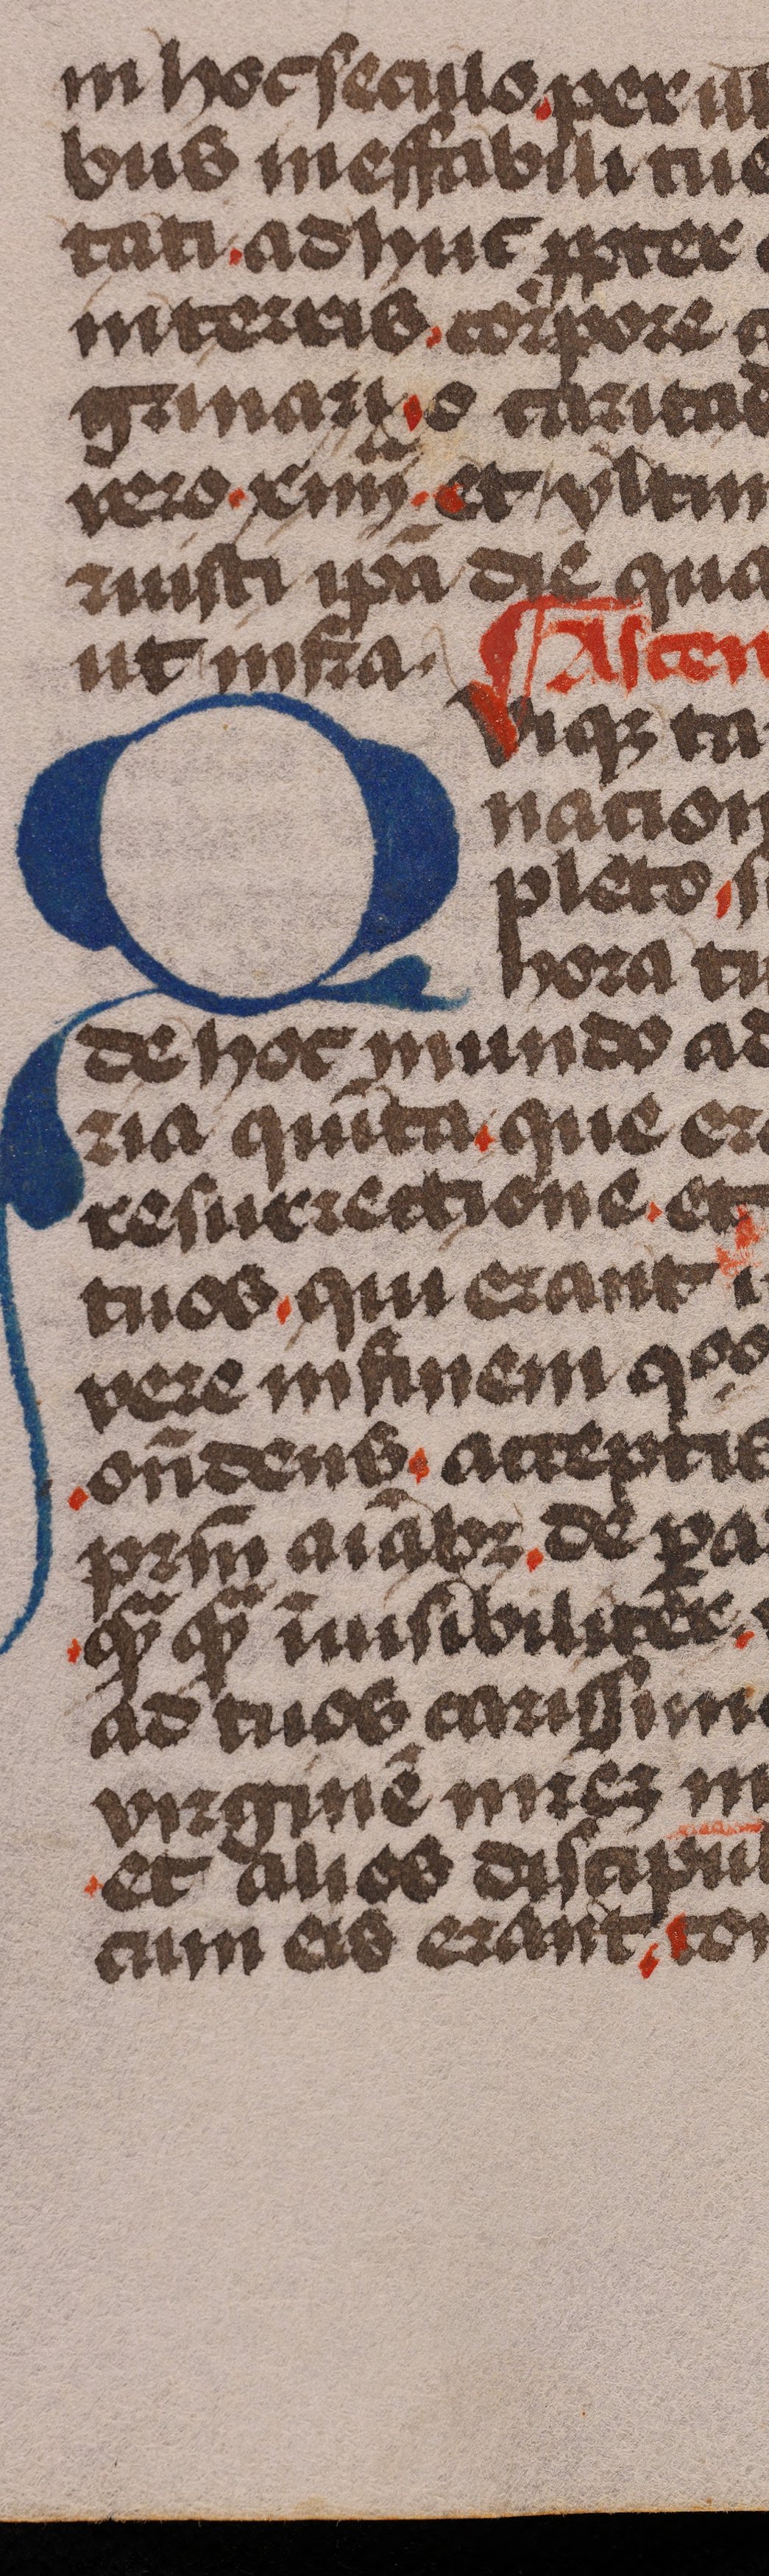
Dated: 1485–1515